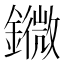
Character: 䥩